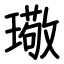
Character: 璥